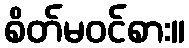
စိတ်မဝင်စား။